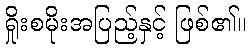
ရှိုးစမိုးအပြည့်နှင့် ဖြစ်၏။